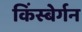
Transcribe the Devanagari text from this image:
किंस्बेर्गन